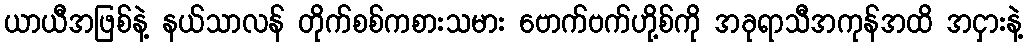
ယာယီအဖြစ်နဲ့ နယ်သာလန် တိုက်စစ်ကစားသမား ဗောက်ဗက်ဟို့စ်ကို အခုရာသီအကုန်အထိ အငှားနဲ့